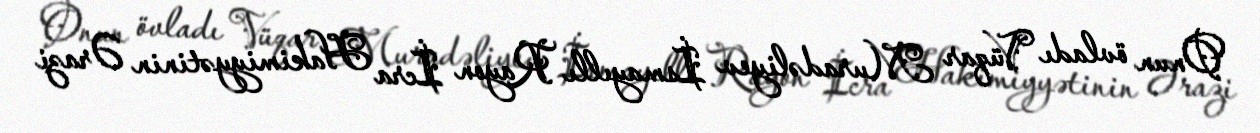
Onun övladı Vüqar Muradəliyev İsmayıllı Rayon İcra Hakimiyyətinin Ərazi